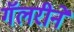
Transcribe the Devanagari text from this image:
गॅलरीने